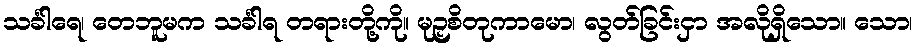
သင်္ခါရေ၊ တေဘူမက သင်္ခါရ တရားတို့ကို။ မုဉှစိတုကာမော၊ လွတ်ခြင်းငှာ အလိုရှိသော။ သော၊